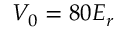
V _ { 0 } = 8 0 E _ { r }